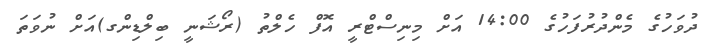
ދުވަހުގެ މެންދުރުފަހުގެ 14:00 އަށް މިނިސްޓްރީ އޮފް ހެލްތު (ރޯޝަނީ ބިލްޑިންގ)އަށް ނުވަތަ